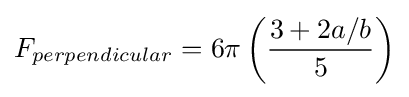
F_{perpendicular}=6\pi \left({\frac {3+2a/b}{5}}\right)